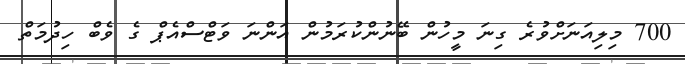
700 މިލިއަނަށްވުރެ ގިނަ މީހުން ބޭނުންކުރަމުން އަންނަ ވަޓްސްއެޕް ގެ ވެބް ހިދުމަތް